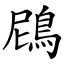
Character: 䲿